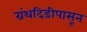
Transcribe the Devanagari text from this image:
ग्रंथदिडीपासून